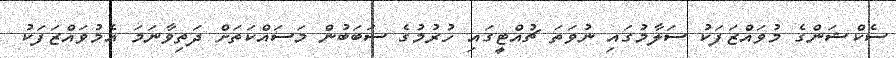
ސެކްޝަންގެ މުވައްޒަފަކު ސަލާމުގައި ނުވަތަ ޗުއްޓީގައި ހުރުމުގެ ސަބަބުން މަސައްކަތަށް ދަތިވާނަމަ އެމުވައްޒަފަކު